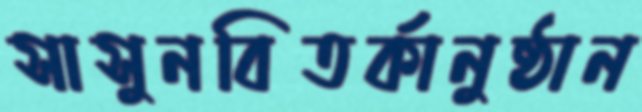
সাসুনবিতর্কানুষ্ঠান